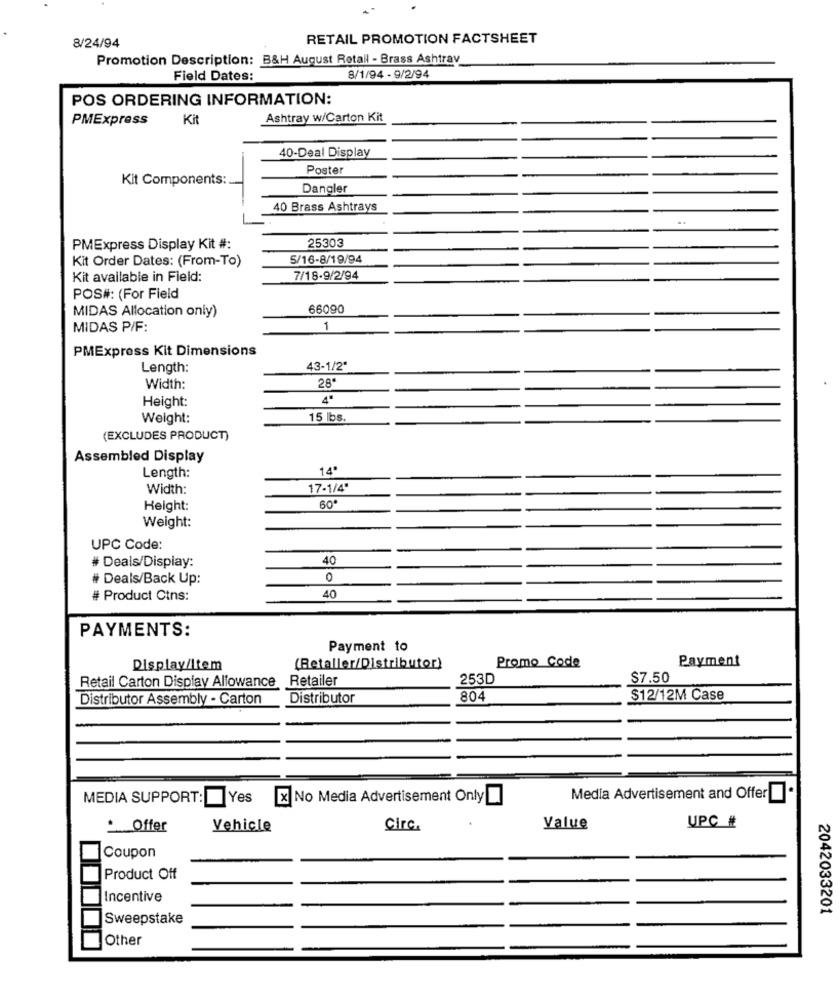
RETAIL PROMOTION FACTSHEET
8/24/94
Promotion Description: B&H August Retail - Brass Ashtray
Field Dates:
8/1/94 - 9/2/94
POS ORDERING INFORMATION:
PMExpress
Kit
Ashtray w/Carton Kit
40-Deal Display
Poster
Kit Components:
Dangler
40 Brass Ashtrays
..
25303
PMExpress Display Kit #:
Kit Order Dates: (From-To)
5/16-8/19/94
Kit available in Field:
7/18-9/2/94
POS#: (For Field
MIDAS Allocation only)
66090
MIDAS P/F:
1
PMExpress Kit Dimensions
Length:
43-1/2"
Width:
28
Height:
4"
Weight:
15 lbs.
(EXCLUDES PRODUCT)
Assembled Display
Length:
14º
Width:
17-1/4"
Height:
60º
Weight:
UPC Code:
# Deals/Display:
40
# Deals/Back Up:
0
# Product Ctns:
40
PAYMENTS:
Payment to
Promo Code
Payment
Display/Item
(Retaller/Distributor)
Retail Carton Display Allowance
Retailer
253D
$7.50
Distributor Assembly - Carton
Distributor
804
$12/12M Case
MEDIA SUPPORT:
Yes
x No Media Advertisement Only
Media Advertisement and Offer
UPC #
Offer
Vehicle
Circ.
Value
Coupon
Product Off
Incentive
2042033201
Sweepstake
Other